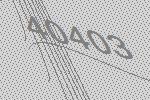
40403